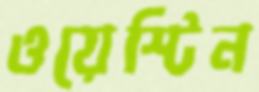
ওয়েস্টিন